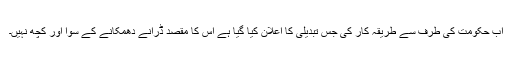
اب حکومت کی طرف سے طریقہ کار کی جس تبدیلی کا اعلان کیا گیا ہے اس کا مقصد ڈرانے دھمکانے کے سوا اور کچھ نہیں۔